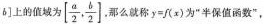
b]上的值域为[ \frac{a}{2}, \frac{b}{2}] ，那么就称$$y = f ( x )$$为”半保值函数”，